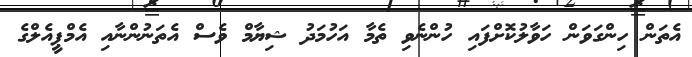
އެތަން ހިންގަވަން ހަވާލުކޮށްފައި ހުންނެވި ތެމާ އަހުމަދު ޝިޔާމް ވެސް އެތަނުންނާއި އެމްޕީއެލްގެ